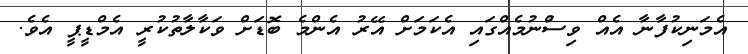
އެމަނިކުފާނާ އެއް ވިސްުނުމެއްގައި އެކަމަށް އޭރު އެންމެ ބޮޑަށް ވަކާލާތުކުރީ އެމްޑީޕީ އެވެ.